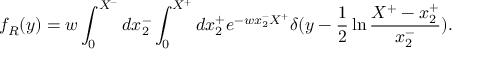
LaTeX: f _ { R } ( y ) = w \int _ { 0 } ^ { X ^ { - } } d x _ { 2 } ^ { - } \int _ { 0 } ^ { X ^ { + } } d x _ { 2 } ^ { + } e ^ { - w x _ { 2 } ^ { - } X ^ { + } } \delta ( y - { \frac { 1 } { 2 } } \ln { \frac { X ^ { + } - x _ { 2 } ^ { + } } { x _ { 2 } ^ { - } } } ) .